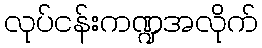
လုပ်ငန်းကဏ္ဍအလိုက်